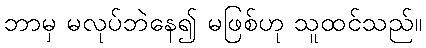
ဘာမှ မလုပ်ဘဲနေ၍ မဖြစ်ဟု သူထင်သည်။